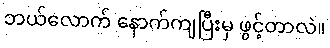
ဘယ်လောက် နောက်ကျပြီးမှ ဖွင့်တာလဲ။